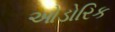
ઓડોરિક